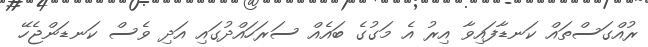
ރުއްގަސްތައް ކަނޑާފައިވާ އިރު އެ މަގުގެ ބައެއް ސަރަހައްދުގައި އަދި ވެސް ކަނޑަންޖެހޭ